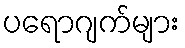
ပရောဂျက်များ